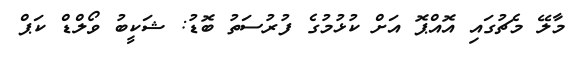
މާލޭ މެޗުގައި އޮއްޕޮ އަށް ކުޅުމުގެ ފުރުސަތު ބޮޑު: ޝަކީބު ވޯލްޑް ކަޕް